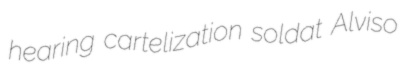
hearing cartelization soldat Alviso